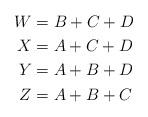
LaTeX: \begin{align*}W &= B + C + D\\X &= A + C + D\\Y &= A + B + D\\Z &= A + B + C\end{align*}